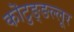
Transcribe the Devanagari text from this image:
कॊटुङ्ङल्लूर